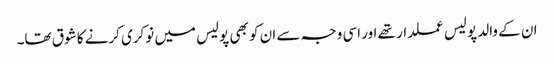
ان کے والد پولیس عملدار تھے اور اسی وجہ سے ان کو بھی پولیس میں نوکری کرنے کا شوق تھا۔